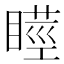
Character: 𭿘